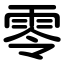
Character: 零